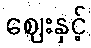
ဈေးနှင့်